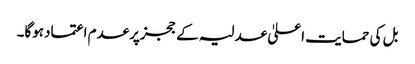
بل کی حمایت اعلیٰ عدلیہ کے ججزپرعدم اعتمادہوگا۔